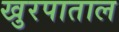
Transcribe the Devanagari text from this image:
खुरपाताल